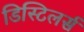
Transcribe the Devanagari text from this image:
डिस्टिलर्स